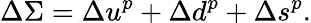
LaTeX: \Delta\Sigma=\Delta u^{p}+\Delta d^{p}+\Delta s^{p}.